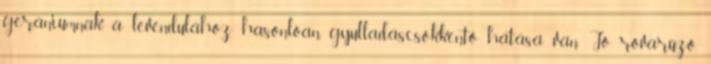
gerániumnak, a levendulához hasonlóan, gyulladáscsökkentő hatása van. Jó rovarűző